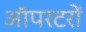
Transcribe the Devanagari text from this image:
ऑपरटरों